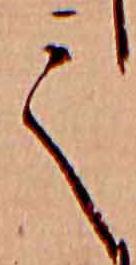
て